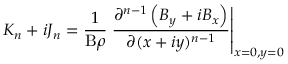
K _ { n } + i J _ { n } = \frac { 1 } { \mathrm { B } \rho } \left. \frac { \partial ^ { n - 1 } \left( B _ { y } + i B _ { x } \right) } { \partial ( x + i y ) ^ { n - 1 } } \right\rvert _ { x = 0 , y = 0 }